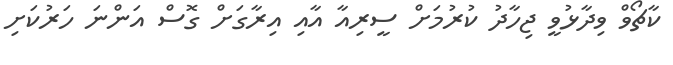
ކާޗޯވް ވިދާޅުވީ ޖިހާދު ކުރުމަށް ސީރިއާ އާއި އިރާގަށް ގޮސް އަންނަ ހަރުކަށި